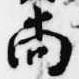
尚